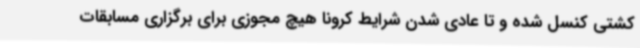
کشتی کنسل شده و تا عادی شدن شرایط کرونا هیچ مجوزی برای برگزاری مسابقات